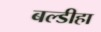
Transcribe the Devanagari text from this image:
बल्डीहा